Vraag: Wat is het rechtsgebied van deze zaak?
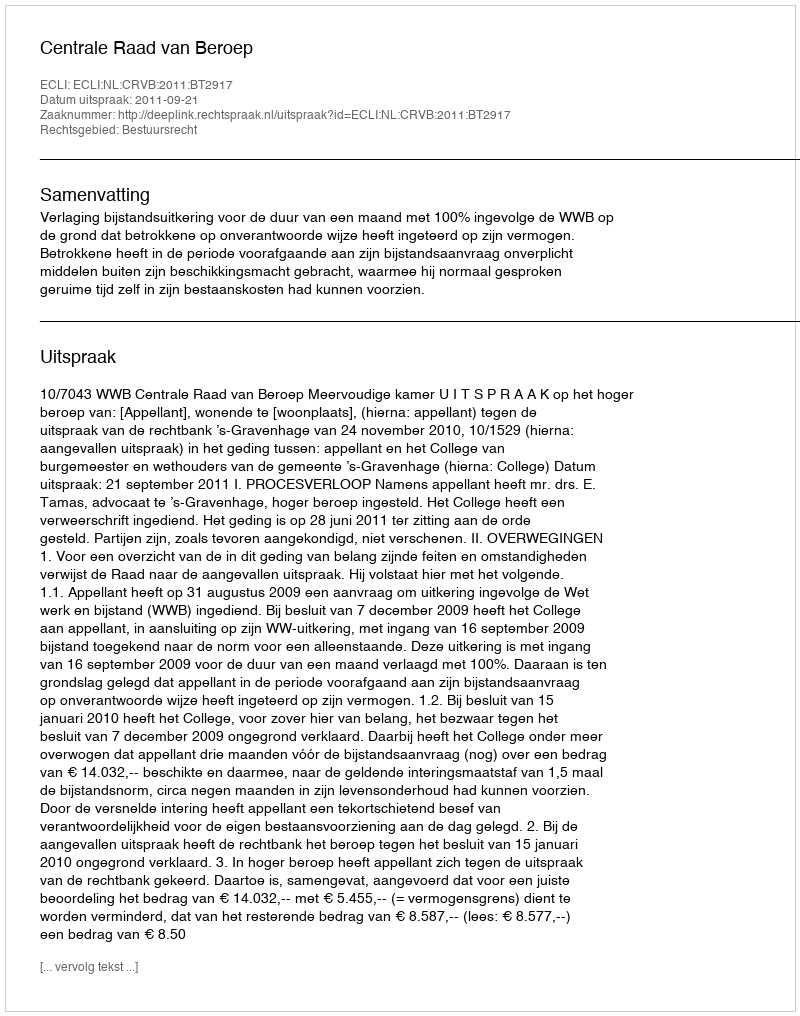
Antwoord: Bestuursrecht